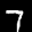
Label: 7